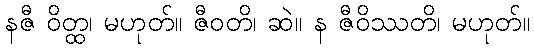
နဇီ ဝိတ္ထ၊ မဟုတ်။ ဇီဝတိ၊ ဆဲ။ န ဇီဝိဿတိ၊ မဟုတ်။